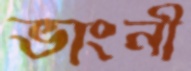
ভাংনী